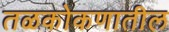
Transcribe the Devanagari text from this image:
तळकोकणातील